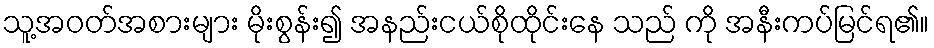
သူ့အဝတ်အစားများ မိုးစွန်း၍ အနည်းငယ်စိုထိုင်းနေ သည် ကို အနီးကပ်မြင်ရ၏။